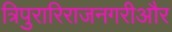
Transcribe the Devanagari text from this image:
त्रिपुरारिराजनगरीऔर